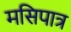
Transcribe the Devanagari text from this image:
मसिपात्र